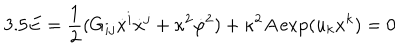
LaTeX: 3 . 5 E = \frac { 1 } { 2 } ( G _ { i j } \dot { x } ^ { i } \dot { x } ^ { j } + \kappa ^ { 2 } \dot { \varphi } ^ { 2 } ) + \kappa ^ { 2 } A \exp ( u _ { k } x ^ { k } ) = 0